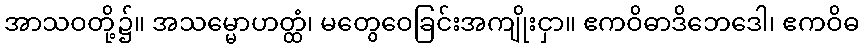
အာသဝတို့၌။ အသမ္မောဟတ္ထံ၊ မတွေဝေခြင်းအကျိုးငှာ။ ဧကဝိဓာဒိဘေဒေါ၊ ဧကဝိဓ